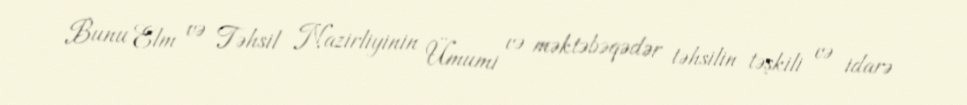
Bunu Elm və Təhsil Nazirliyinin Ümumi və məktəbəqədər təhsilin təşkili və idarə